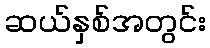
ဆယ်နှစ်အတွင်း